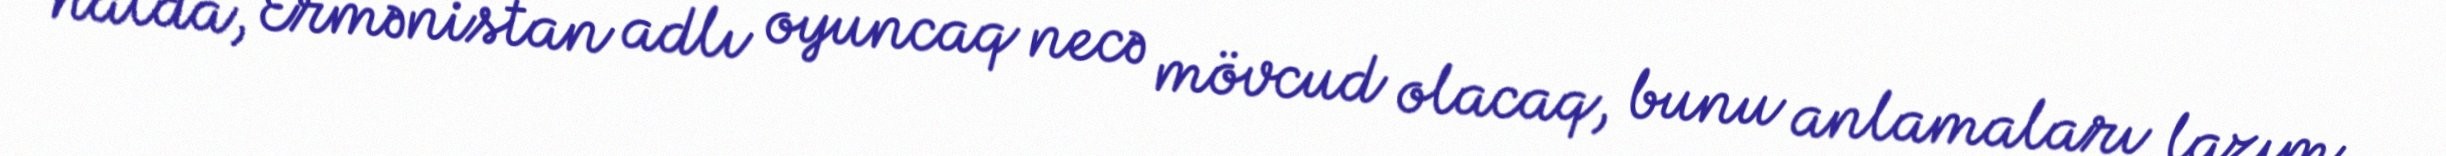
halda, Ermənistan adlı oyuncaq necə mövcud olacaq, bunu anlamaları lazım...